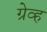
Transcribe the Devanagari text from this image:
ग्रेव्ह